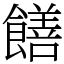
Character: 饍